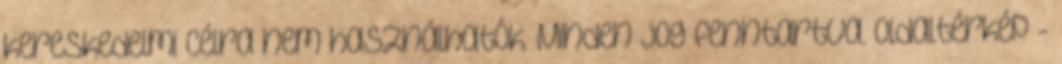
kereskedelmi célra nem használhatók. Minden jog fenntartva. Oldaltérkép -